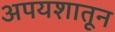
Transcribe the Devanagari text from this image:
अपयशातून